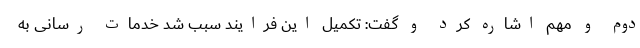
دوم و مهم اشاره کرد و گفت: تکمیل این فرایند سبب شد خدمات رسانی به